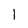
Character: 1